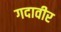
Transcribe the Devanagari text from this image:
गदावीर